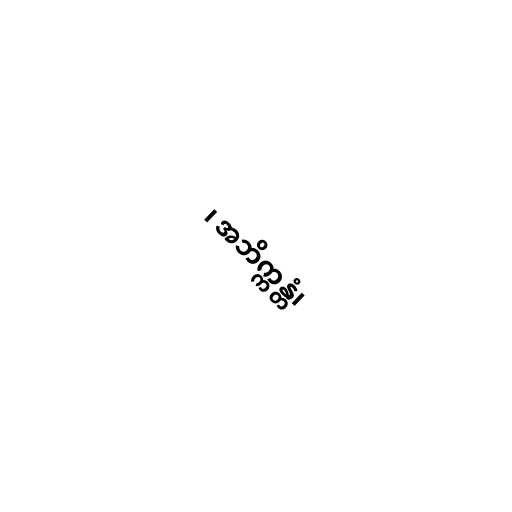
၊ အဘိက္ကန္တံ၊